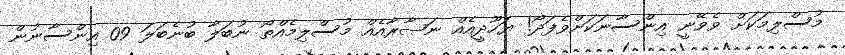
މުސްލިމަކަށް ވެވޭނީ އިންސާނަކަށްވެފަދޯ! ޔަހޫދީއެއް ނަޞާރާއެއް މުސްލިމެއްތޯ ނުބަލާ ބުނެބަލަ 09 އިންސާނުން